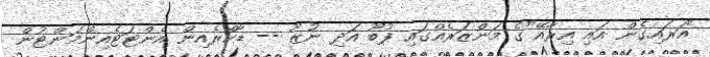
"އަރައިގެން އައި އިރާއޭ"ގެ މަންޒަރެއްގައި ފުބޫ އަދި ނުޒޫ -- ޑާކްރެއިން އެންޓަޓެއިންމަންޓުން